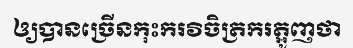
ឲ្យបានច្រើនកុះករវិចិត្រករត្អូញថា